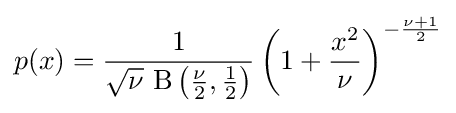
p(x)={\frac {1}{{\sqrt {\nu }}\,\operatorname {\mathrm {B} } \left({\frac {\nu }{2}},{\frac {1}{2}}\right)}}\left(1+{\frac {x^{2}}{\nu }}\right)^{-{\frac {\nu +1}{2}}}